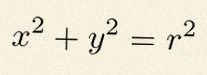
x^2+y^2=r^2